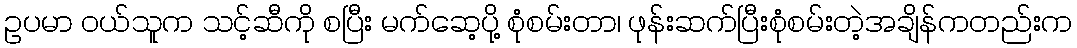
ဥပမာ ၀ယ်သူက သင့်ဆီကို စပြီး မက်ဆေ့ပို့ စုံစမ်းတာ၊ ဖုန်းဆက်ပြီးစုံစမ်းတဲ့အချိန်ကတည်းက